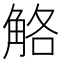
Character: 觡